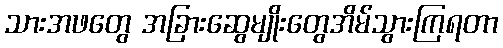
သားအဖတွေ အခြားဆွေမျိုးတွေအိမ်သွားကြရတာ